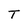
Character: T